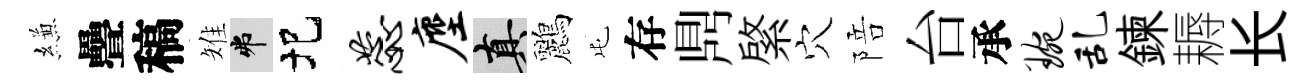
縑疊稿雉弗圯蕊麈真鸝屯存𪔂綮穴陪台承琬乱鍊耨长